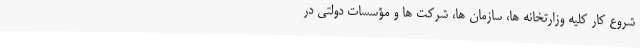
شروع کار کلیه وزارتخانه ها، سازمان ها، شرکت ها و مؤسسات دولتی در